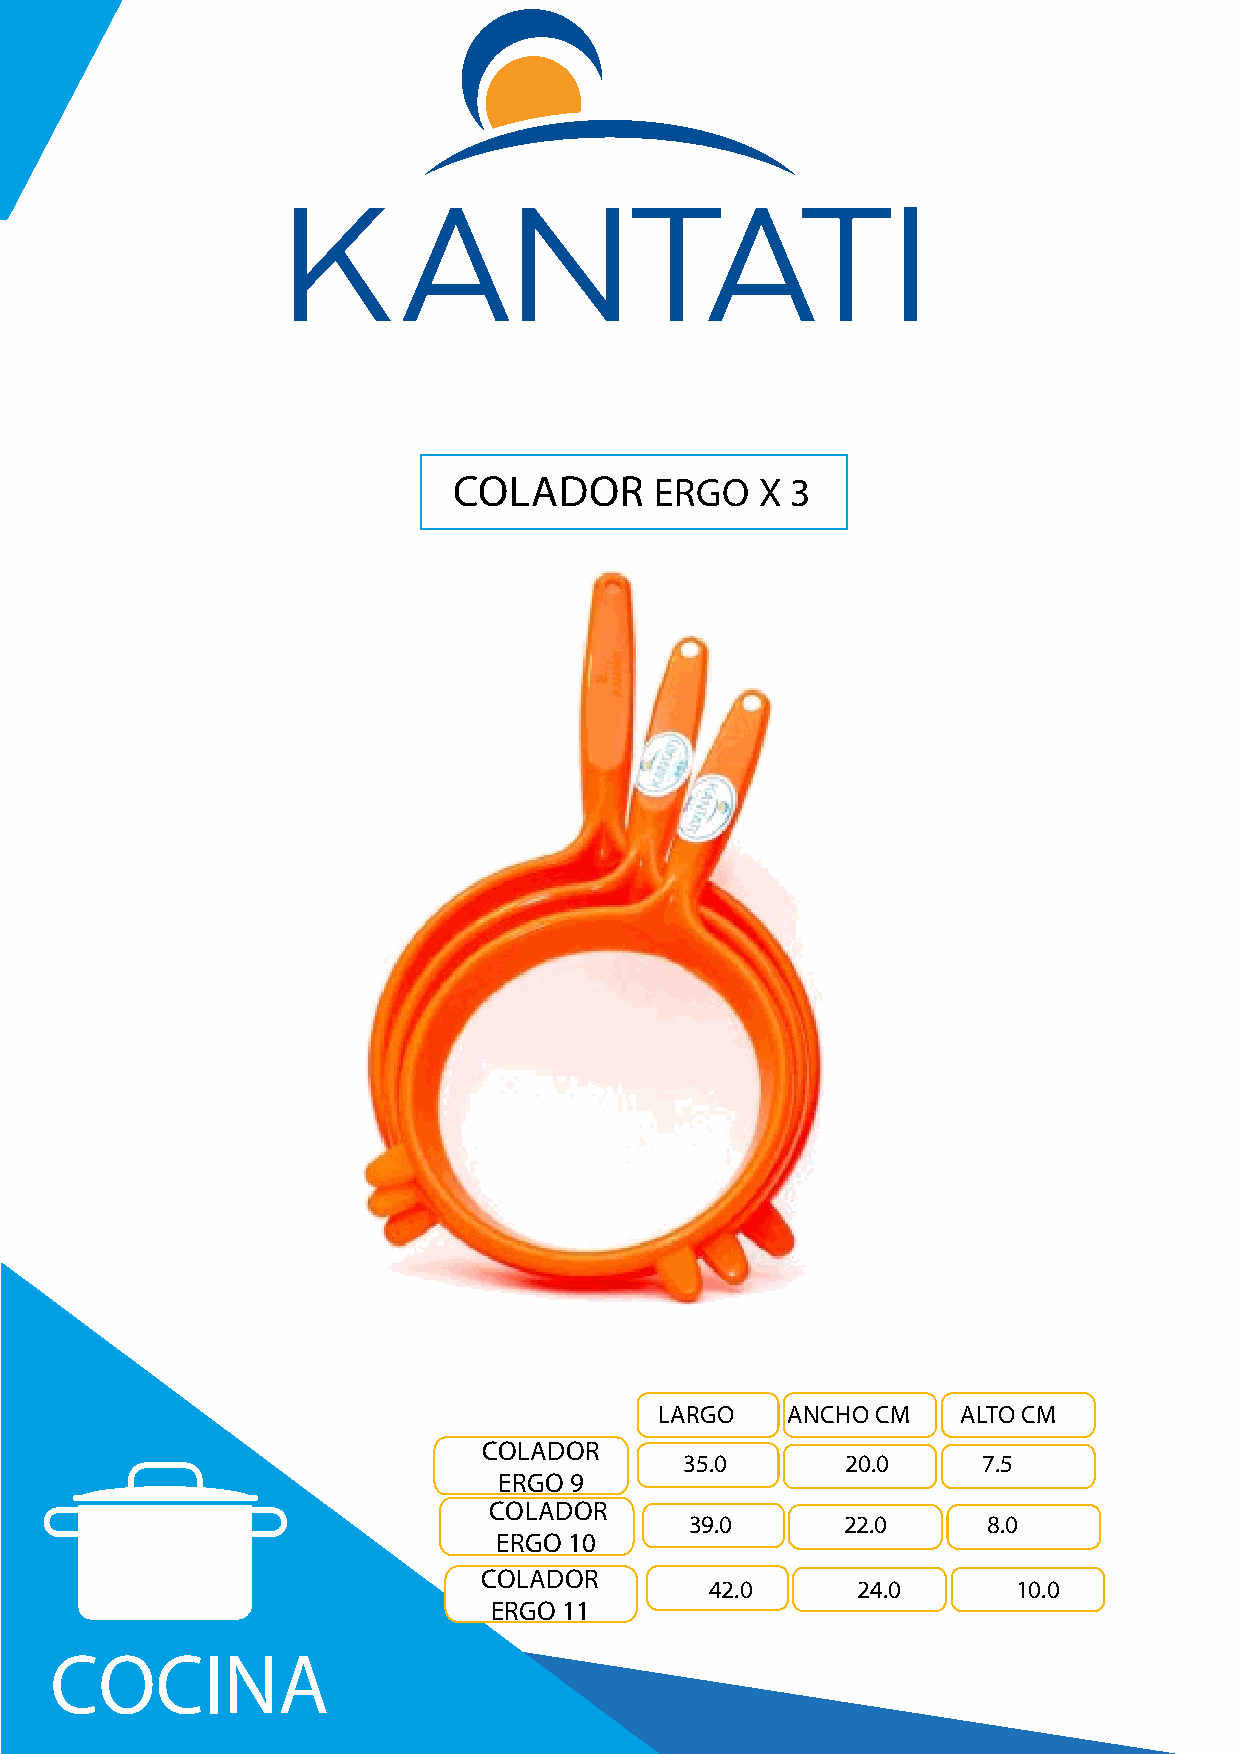
COLADOR      ERGO   X 3
 LARGO   ANCHO CM   ALTO CM
 COLADOR
 35.0       20.0     7.5
 ERGO 9
 COLADOR
 39.0      22.0     8.0
 ERGO 10
 COLADOR
 42.0      24.0      10.0
 ERGO 11
 COCINA